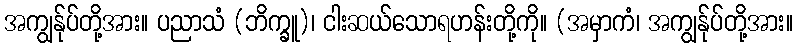
အကျွန်ုပ်တို့အား။ ပညာသံ (ဘိက္ခူ)၊ ငါးဆယ်သောရဟန်းတို့ကို။ (အမှာကံ၊ အကျွန်ုပ်တို့အား။